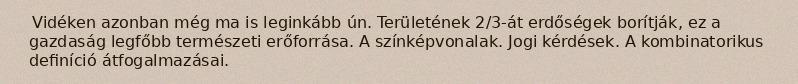
Vidéken azonban még ma is leginkább ún. Területének 2/3-át erdőségek borítják, ez a gazdaság legfőbb természeti erőforrása. A színképvonalak. Jogi kérdések. A kombinatorikus definíció átfogalmazásai.